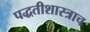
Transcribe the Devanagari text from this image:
पद्धतीशास्त्राच